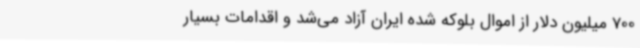
700 میلیون دلار از اموال بلوکه شده ایران آزاد می‌شد و اقدامات بسیار